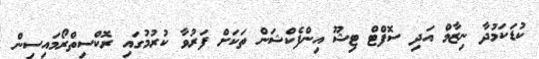
ކުޑަކަމުދާ ނިޒާމް އަދި ސޮފްޓް ޓިޝޫ އިންފެކްޝަން ތަކަށް ފަރުވާ ކުރުމުގައި ރޮކްސިތްރޯމައިސިން